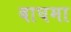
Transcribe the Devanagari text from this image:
बाघमा